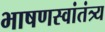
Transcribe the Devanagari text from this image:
भाषणस्वांतंत्र्य